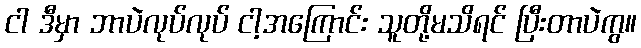
ငါ ဒီမှာ ဘာပဲလုပ်လုပ် ငါ့အကြောင်း သူတို့မသိရင် ပြီးတာပဲကွ။